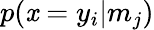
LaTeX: p(\mathit{x}=y_{i}|m_{j})